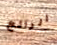
الرائع